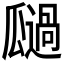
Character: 𭺚